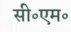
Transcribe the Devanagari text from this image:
सी॰एम॰